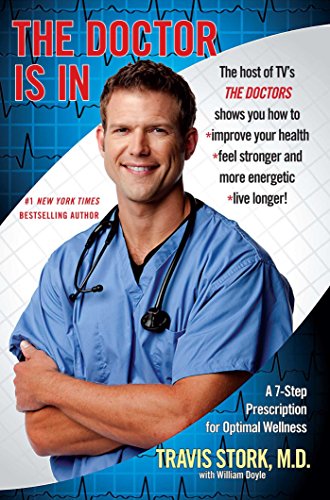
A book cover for The Doctor Is In: A 7-Step Prescription for Optimal Wellness; Travis Stork M.D.; Health, Fitness & Dieting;